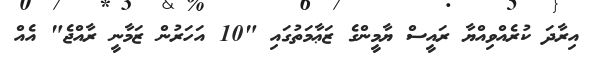
އިރާދަ ކުރެއްވިއްޔާ ރައީސް ޔާމީންގެ ޒަޢާމަތުގައި "10 އަހަރުން ޒަމާނީ ރާއްޖެ" އެއް